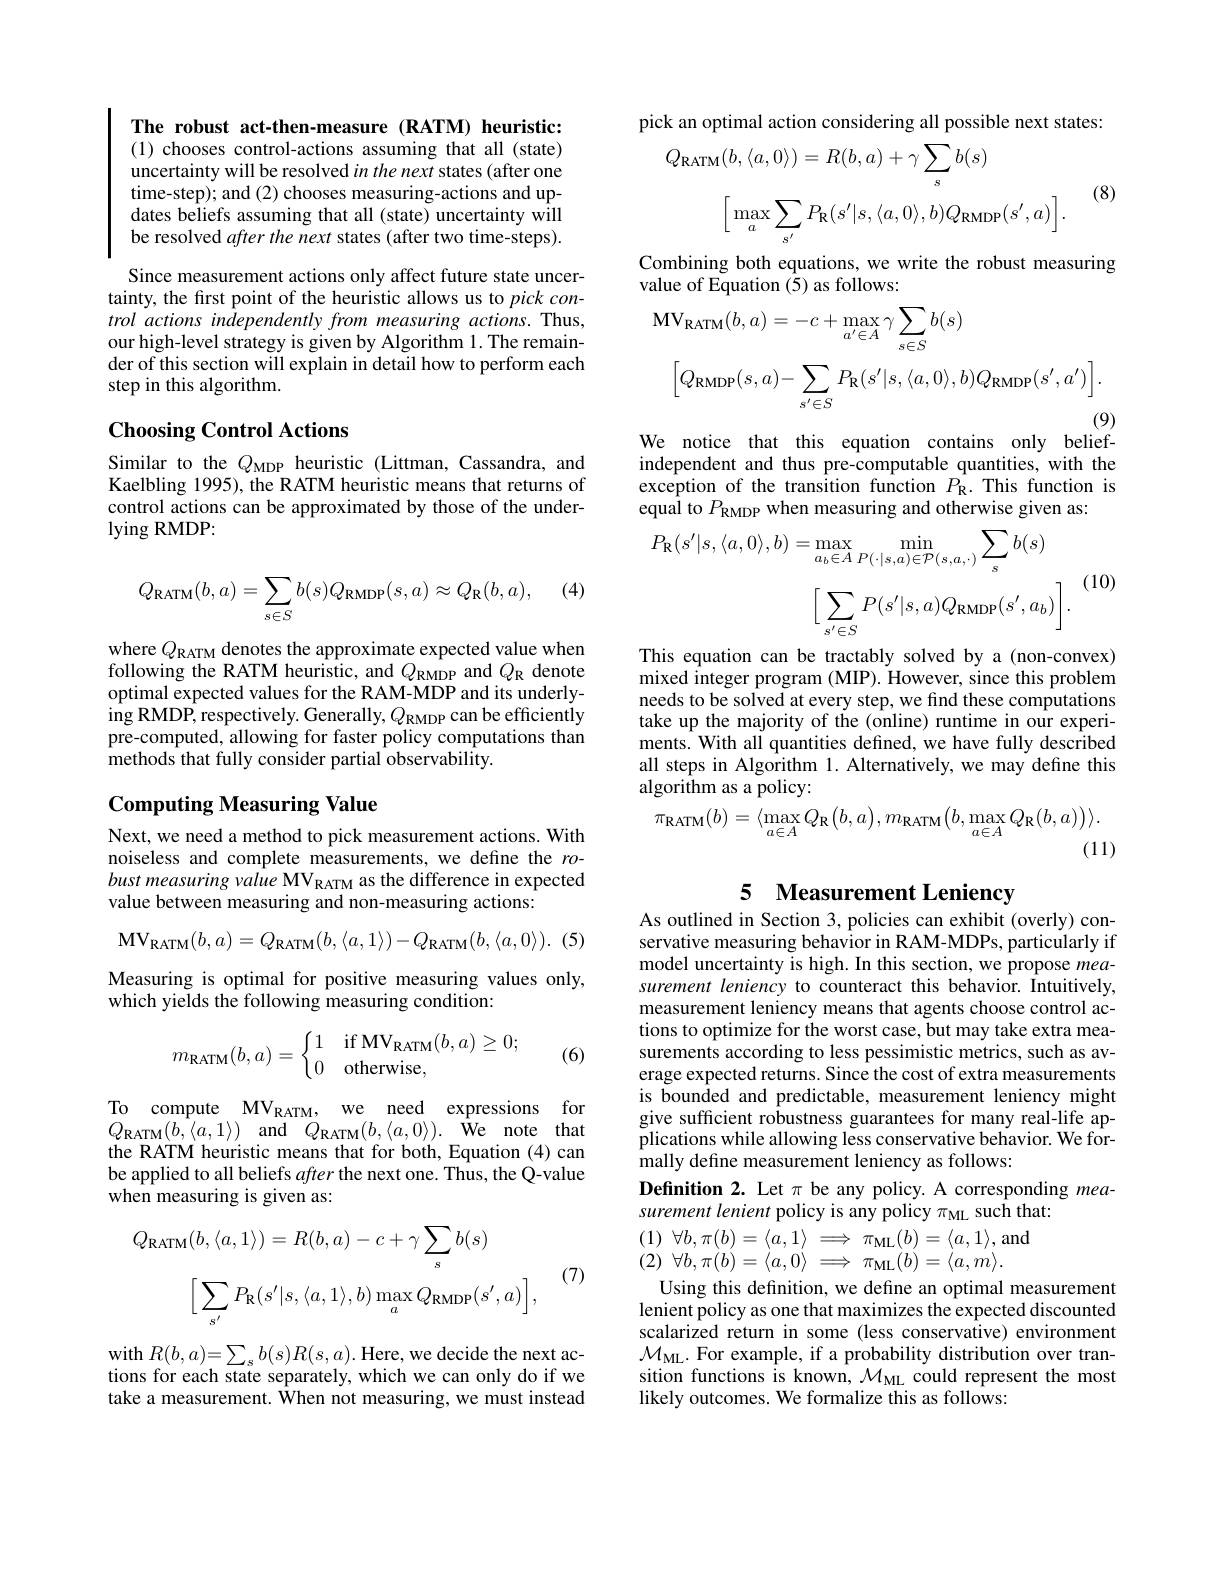
The robust act-then-measure (RATM) heuristic: (1) chooses control-actions assuming that all (state) uncertainty will be resolved in the next states (after one time-step); and (2) chooses measuring-actions and updates beliefs assuming that all (state) uncertainty will be resolved after the next states (after two time-steps). Since measurement actions only affect future state uncertainty, the first point of the heuristic allows us to $pick\textit{con- }$ trol actions independently from measuring actions. Thus, our high-level strategy is given by Algorithm 1. The remainder of this section will explain in detail how to perform each step in this algorithm.

## Choosing Control Actions

Similar to the $Q_{\mathrm{MDP}}$ heuristic (Littman, Cassandra, and Kaelbling 1995), the RATM heuristic means that returns of control actions can be approximated by those of the underlying RMDP:

(4)
$$Q_{\mathrm{RATM}}(b,a)=\sum_{s\in S}b(s)Q_{\mathrm{RMDP}}(s,a)\approx Q_{\mathrm{R}}(b,a),$$
where $Q_{\mathrm{RATM}}$ denotes the approximate expected value when following the RATM heuristic, and $Q_{\mathrm{RMDP}}$ and $Q_{\mathrm{R}}$ denote optimal expected values for the RAM-MDP and its underly- $\operatorname{ing}$RMDP, respectively. Generally, $Q_\mathrm{RMDP}$ can be efficiently pre-computed, allowing for faster policy computations than methods that fully consider partial observability.

## Computing Measuring Value

Next, we need a method to pick measurement actions. With noiseless and complete measurements, we define the $ro$- bust measuring value MV RATM as the difference in expected value between measuring and non-measuring actions:

(5)
$$\mathrm{MV}_{\mathrm{RATM}}(b,a)=Q_{\mathrm{RATM}}(b,\langle a,1\rangle)-Q_{\mathrm{RATM}}(b,\langle a,0\rangle).$$
Measuring is optimal for positive measuring values only,
which yields the following measuring condition:
$$m_{\text{RATM}}(b,a)=\left\{\begin{matrix}1&\text{if MV}_{\text{RATM}}(b,a)\geq0;\\0&\text{otherwise},\end{matrix}\right.$$
(6)

To compute MV$_{\mathrm{RATM}}$, we need expressions for $Q_{\mathrm{RATM}}( b, \langle a, 1\rangle )$ and $Q_{\mathrm{RATM}}( b, \langle a, 0\rangle ) .$ iWe note that the RATM heuristic means that for both, Equation (4) can be applied to all beliefs after the next one. Thus, the Q-value when measuring is given as:
$$Q_{\mathrm{RATM}}(b,\langle a,1\rangle)=R(b,a)-c+\gamma\sum_{s}b(s)\\\Big[\sum_{s^{\prime}}P_{\mathrm{R}}(s^{\prime}|s,\langle a,1\rangle,b)\max_{a}Q_{\mathrm{RMDP}}(s^{\prime},a)\Big],$$
(7)

with $R(b,a)=\sum_{s}b(s)R(s,a).$ Here, we decide the next actions for each state separately, which we can only do if we take a measurement. $\hat{\text{When not measuring,we must instead}}$

pick an optimal action considering all possible next states:
$$Q_{\mathrm{RATM}}(b,\langle a,0\rangle)=R(b,a)+\gamma\sum_{s}b(s)\\\Big[\max_{a}\sum_{s^{\prime}}P_{\mathrm{R}}(s^{\prime}|s,\langle a,0\rangle,b)Q_{\mathrm{RMDP}}(s^{\prime},a)\Big].$$
(8)

Combining both equations, we write the robust measuring
value of Equation (5) as follows:
$$\begin{aligned}&\mathbf{MV}_{\mathrm{RATM}}(b,a)=-c+\max_{a^{\prime}\in A}\gamma\sum_{s\in S}b(s)\\&\Big[Q_{\mathrm{RMDP}}(s,a)-\sum_{s^{\prime}\in S}P_{\mathrm{R}}(s^{\prime}|s,\langle a,0\rangle,b)Q_{\mathrm{RMDP}}(s^{\prime},a^{\prime})\Big].\end{aligned}$$
We notice that this equation contains only belief-

independent and thus pre-computable quantities, with the exception of the transition function $P_{\mathrm{R}}.$ This function is equal to $P_{\mathrm{RMDP}}$ when measuring and otherwise given as:
$$\begin{aligned}P_{\mathbf{R}}(s^{\prime}|s,\langle a,0\rangle,b)&=\operatorname*{max}_{a_{b}\in A}\operatorname*{min}_{P(\cdot|s,a)\in\mathcal{P}(s,a,\cdot)}\sum_{s}b(s)\\&\Big[\sum_{s^{\prime}\in S}P(s^{\prime}|s,a)Q_{\mathrm{RMDP}}(s^{\prime},a_{b})\Big].\\\end{aligned}$$
(10)

This equation can be tractably solved by a (non-convex) mixed integer program (MIP). However, since this problem needs to be solved at every step, we find these computations take up the majority of the (online) runtime in our experiments. With all quantities defined, we have fully described all steps in Algorithm 1. Alternatively, we may define this algorithm as a policy:
$$\pi_{\mathrm{RATM}}(b)=\langle\max_{a\in A}Q_{\mathrm{R}}\big(b,a\big),m_{\mathrm{RATM}}\big(b,\max_{a\in A}Q_{\mathrm{R}}(b,a)\big)\rangle.$$
(11)

# 5 Measurement Leniency

As outlined in Section 3, policies can exhibit (overly) conservative measuring behavior in RAM-MDPs, particularly if model uncertainty is high. In this section, we propose measurement leniency to counteract this behavior. Intuitively, measurement leniency means that agents choose control actions to optimize for the worst case, but may take extra measurements according to less pessimistic metrics, such as average expected returns. Since the cost of extra measurements is bounded and predictable, measurement leniency might give sufficient robustness guarantees for many real-life applications while allowing less conservative behavior. We formally define measurement leniency as follows:

Definition 2. Let $\pi$ be any policy. A corresponding mea-

surement lenient policy is any policy $\pi_\mathrm{ML}$ such that: (1) $\forall b, \pi ( b) = \langle a, 1\rangle$ $ \Longrightarrow \pi _{\mathrm{ML}}( b) = \langle a, 1\rangle $,and (2) $\forall b, \pi ( b) = \langle a, 0\rangle \Longrightarrow \pi _{\mathrm{ML}}( b) = \langle a, m\rangle .$

Using this definition, we define an optimal measurement lenient policy as one that maximizes the expected discounted scalarized return in some (less conservative) environment $\mathcal{M}_{\mathrm{ML}}.$ For example, if a probability distribution over transition functions is known, $\mathcal{M}_\mathrm{ML}$ could represent the most likely outcomes. We formalize this as follows: